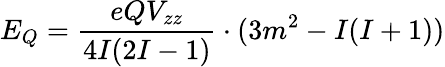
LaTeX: E_{Q}={\frac{eQV_{zz}}{4I(2I-1)}}\cdot(3m^{2}-I(I+1))